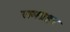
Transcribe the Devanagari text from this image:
रामप्रहर